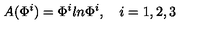
A ( \Phi ^ { i } ) = \Phi ^ { i } l n \Phi ^ { i } , \quad i = 1 , 2 , 3